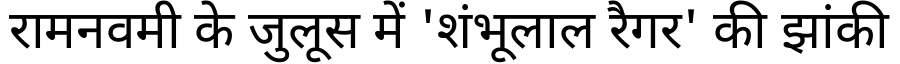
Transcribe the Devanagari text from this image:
रामनवमी के जुलूस में 'शंभूलाल रैगर' की झांकी